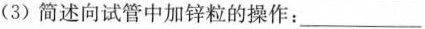
(3)简述向试管中加锌粒的操作：___